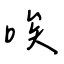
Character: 唉